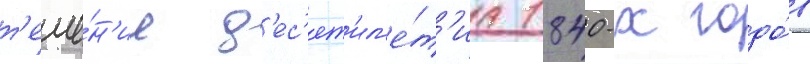
т'ече́н'ие д'ес'ят'ил'е́т'иа 1840-х годо́в